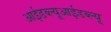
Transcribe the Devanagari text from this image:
आईडब्ल्यूआईडब्ल्यू